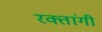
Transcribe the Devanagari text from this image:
रक्तांगी